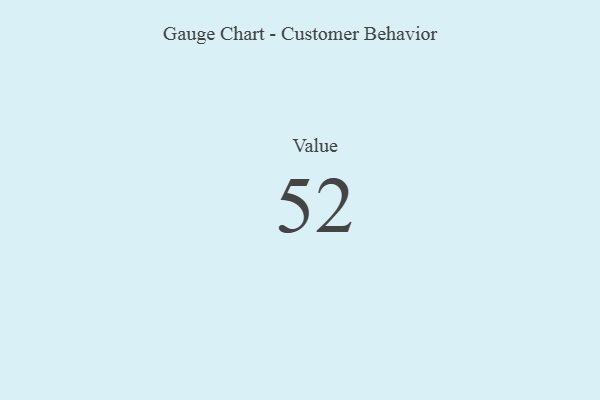
{"axis": {"x": "Metric", "y": "Value"}, "legend": [""], "data": [{"x": "Value", "y": 52, "type": ""}]}